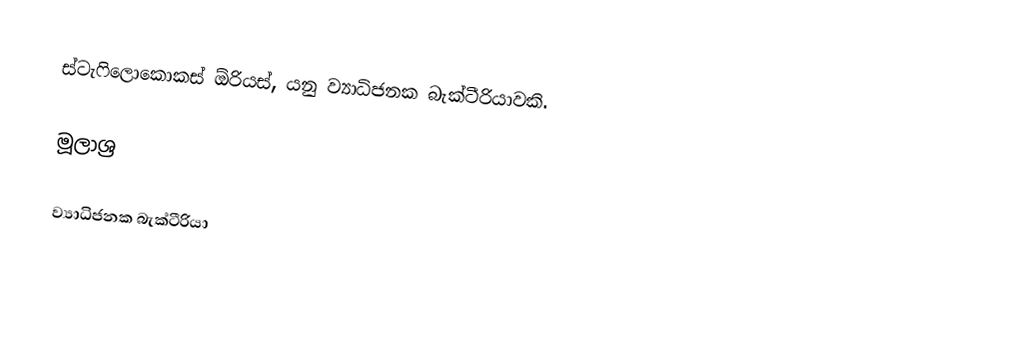
ස්ටැෆිලොකොකස් ඕරියස්, යනු ව්‍යාධිජනක බැක්ටීරියාවකි.

මූලාශ්‍ර

ව්‍යාධිජනක බැක්ටීරියා